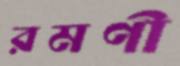
রমণী